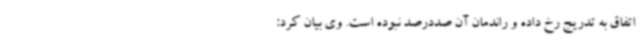
اتفاق به تدریج رخ داده و راندمان آن صددرصد نبوده است. وی بیان کرد: